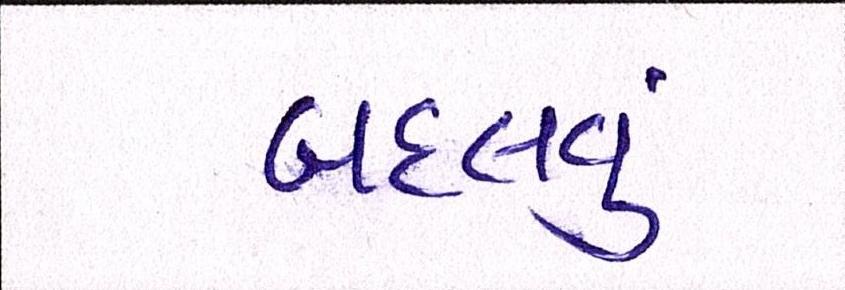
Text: બદલવું